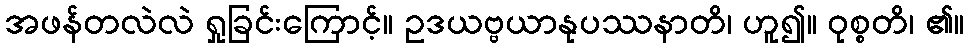
အဖန်တလဲလဲ ရှုခြင်းကြောင့်။ ဥဒယဗ္ဗယာနုပဿနာတိ၊ ဟူ၍။ ဝုစ္စတိ၊ ၏။